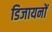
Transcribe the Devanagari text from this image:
डिजायनों